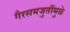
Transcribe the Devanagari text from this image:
गैरसमजुतींमुळे